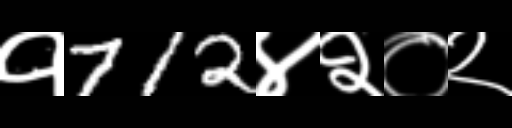
Text: १712४२०२